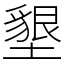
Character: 墾